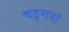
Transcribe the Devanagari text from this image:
चड्गपों